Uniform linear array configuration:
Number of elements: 48
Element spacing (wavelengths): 0.5
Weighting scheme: kaiser
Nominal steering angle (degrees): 0
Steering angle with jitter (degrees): -1.604
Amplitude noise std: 0.05
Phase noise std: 0.05

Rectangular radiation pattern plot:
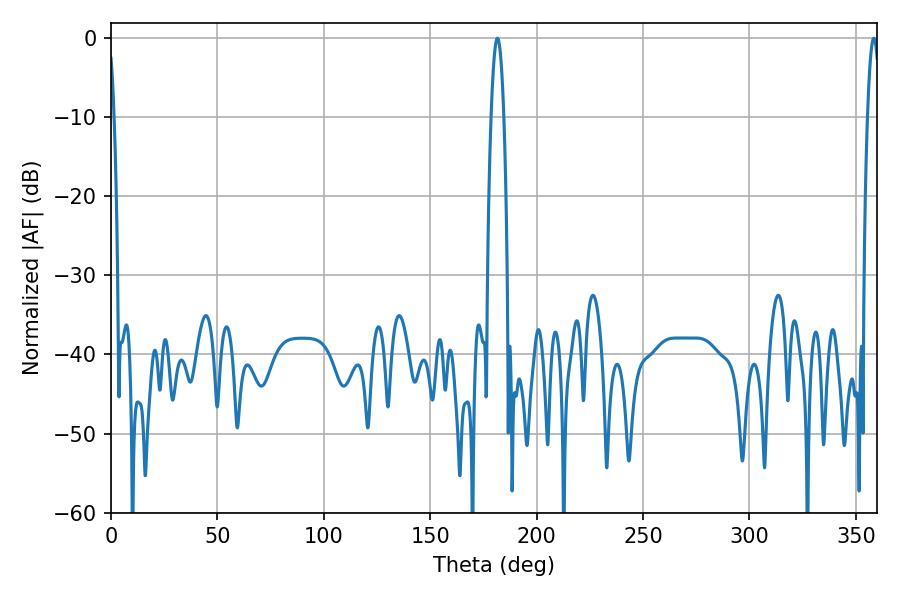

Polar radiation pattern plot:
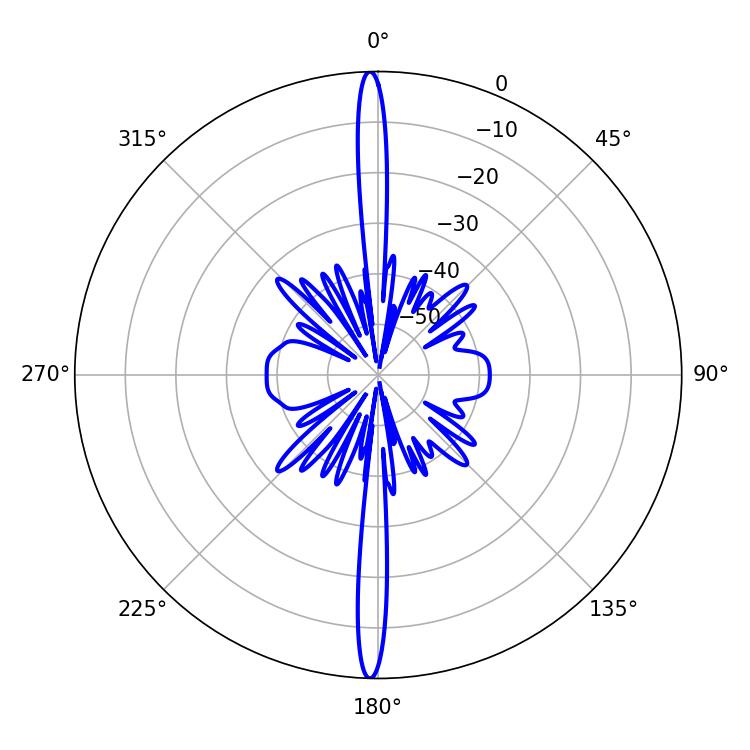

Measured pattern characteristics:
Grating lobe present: FALSE
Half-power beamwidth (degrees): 3.24
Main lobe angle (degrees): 181.62